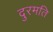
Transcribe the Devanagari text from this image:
दुरमति